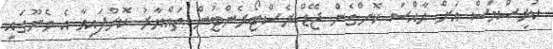
ކުރިސްމަސް އަށް ހާއްސަ ކޮށްގެން ޖޭޑް ރެސްޓޯރެންޓުން ތައްޔާރު ކޮށްފައިވާ އެ މެނޫގައި